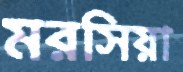
মরসিয়া